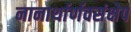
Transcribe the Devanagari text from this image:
नानार्थार्णवसंक्षेप